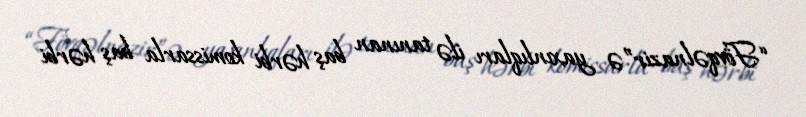
“Fövqəlnazir”ə yaxınlıqları ilə tanınan baş hərbi komissarla baş hərbi